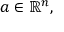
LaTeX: a \in \mathbb { R } ^ { n } ,